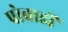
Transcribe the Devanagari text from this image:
पोवाडों